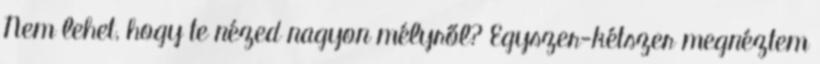
Nem lehet, hogy te nézed nagyon mélyről? Egyszer-kétszer megnéztem